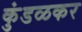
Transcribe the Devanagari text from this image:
कुंडळकर